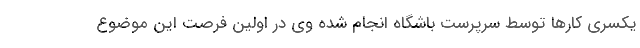
یکسری کارها توسط سرپرست باشگاه انجام شده وی در اولین فرصت این موضوع